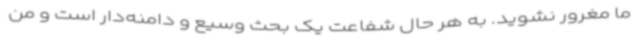
ما مغرور نشوید. به هر حال شفاعت یک بحث وسیع و دامنه‌دار است و من